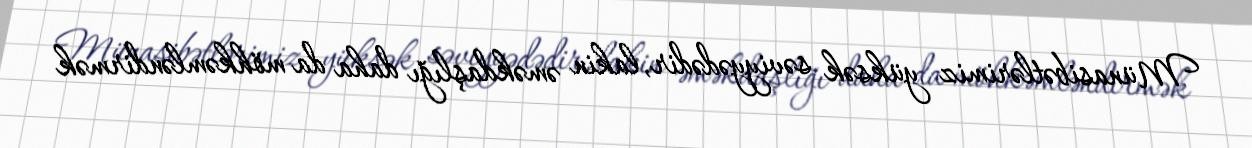
Münasibətlərimiz yüksək səviyyədədir, lakin əməkdaşlığı daha da möhkəmləndirmək